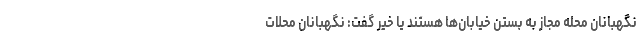
نگهبانان محله مجاز به بستن خیابان‌ها هستند یا خیر گفت: نگهبانان محلات